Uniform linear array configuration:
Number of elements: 64
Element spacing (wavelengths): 1
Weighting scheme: uniform
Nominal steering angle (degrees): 45
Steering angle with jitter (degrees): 43.196
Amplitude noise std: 0.05
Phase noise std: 0.05

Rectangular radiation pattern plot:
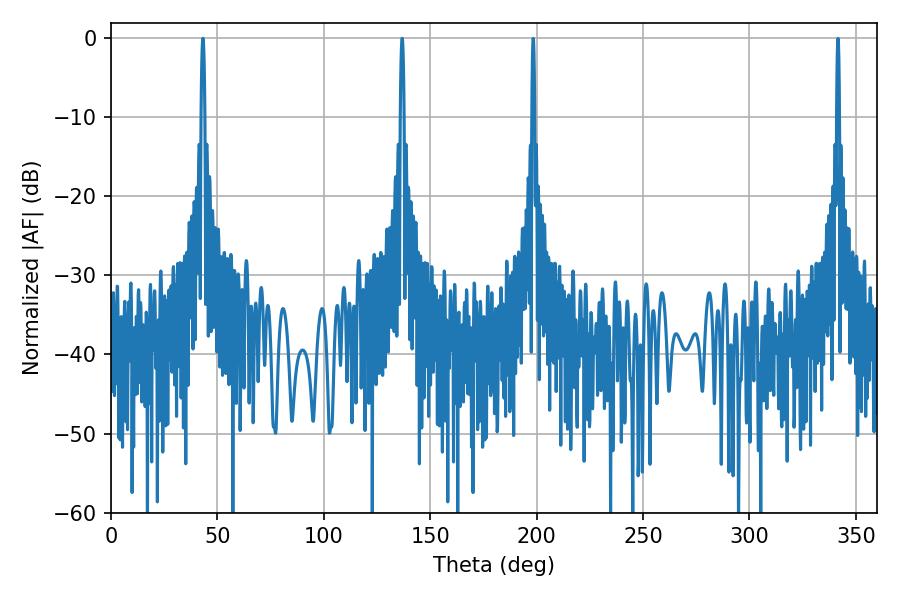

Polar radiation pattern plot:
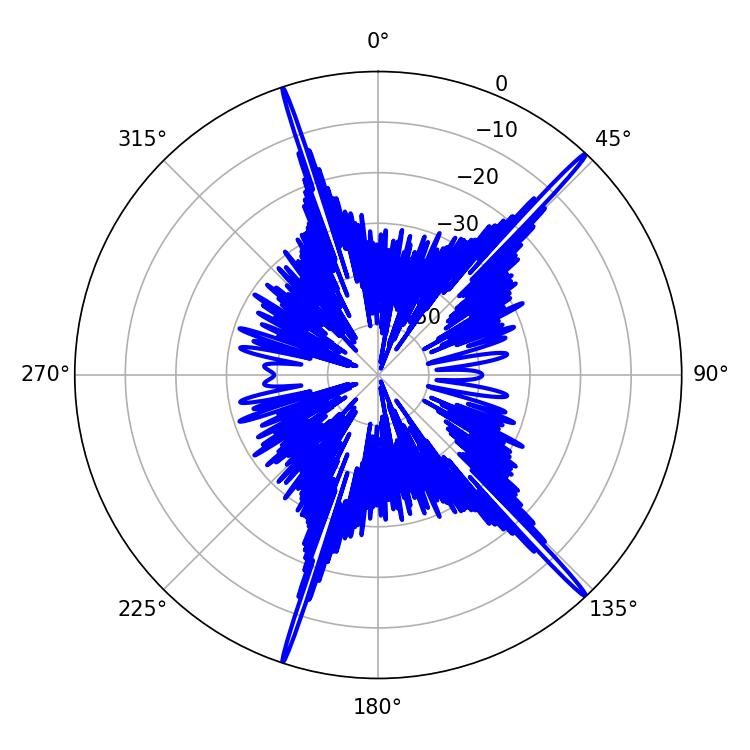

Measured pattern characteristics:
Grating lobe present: TRUE
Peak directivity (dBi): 20.271
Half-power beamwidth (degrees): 0.9
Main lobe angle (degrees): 136.8